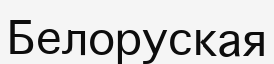
Белоруская